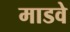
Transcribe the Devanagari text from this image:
माडवे